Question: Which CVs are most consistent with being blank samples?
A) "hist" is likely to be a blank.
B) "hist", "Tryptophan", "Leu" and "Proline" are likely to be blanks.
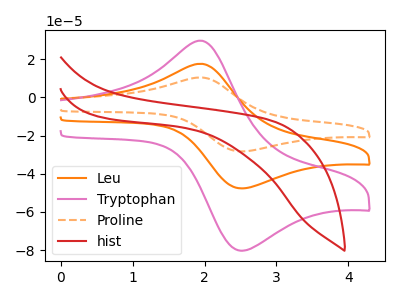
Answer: <think>The orange curve "Leu" has an anodic peak at (1.95V, 17.60uA) and a cathodic peak at (2.50V, -47.65uA). The pink curve "Tryptophan" has an anodic peak at (1.95V, 29.70uA) and a cathodic peak at (2.50V, -80.30uA). The orange dashed curve "Proline" has an anodic peak at (1.95V, 35.25uA) and a cathodic peak at (2.50V, -95.30uA). The red curve "hist" has no peaks.</think>
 <answer>A) "hist" is likely to be a blank.</answer>
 <eval>A</eval>